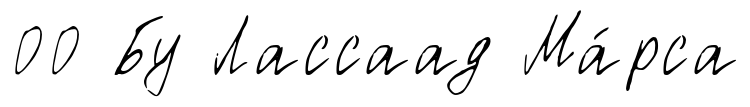
00 Бу Лассаад Ма́рса